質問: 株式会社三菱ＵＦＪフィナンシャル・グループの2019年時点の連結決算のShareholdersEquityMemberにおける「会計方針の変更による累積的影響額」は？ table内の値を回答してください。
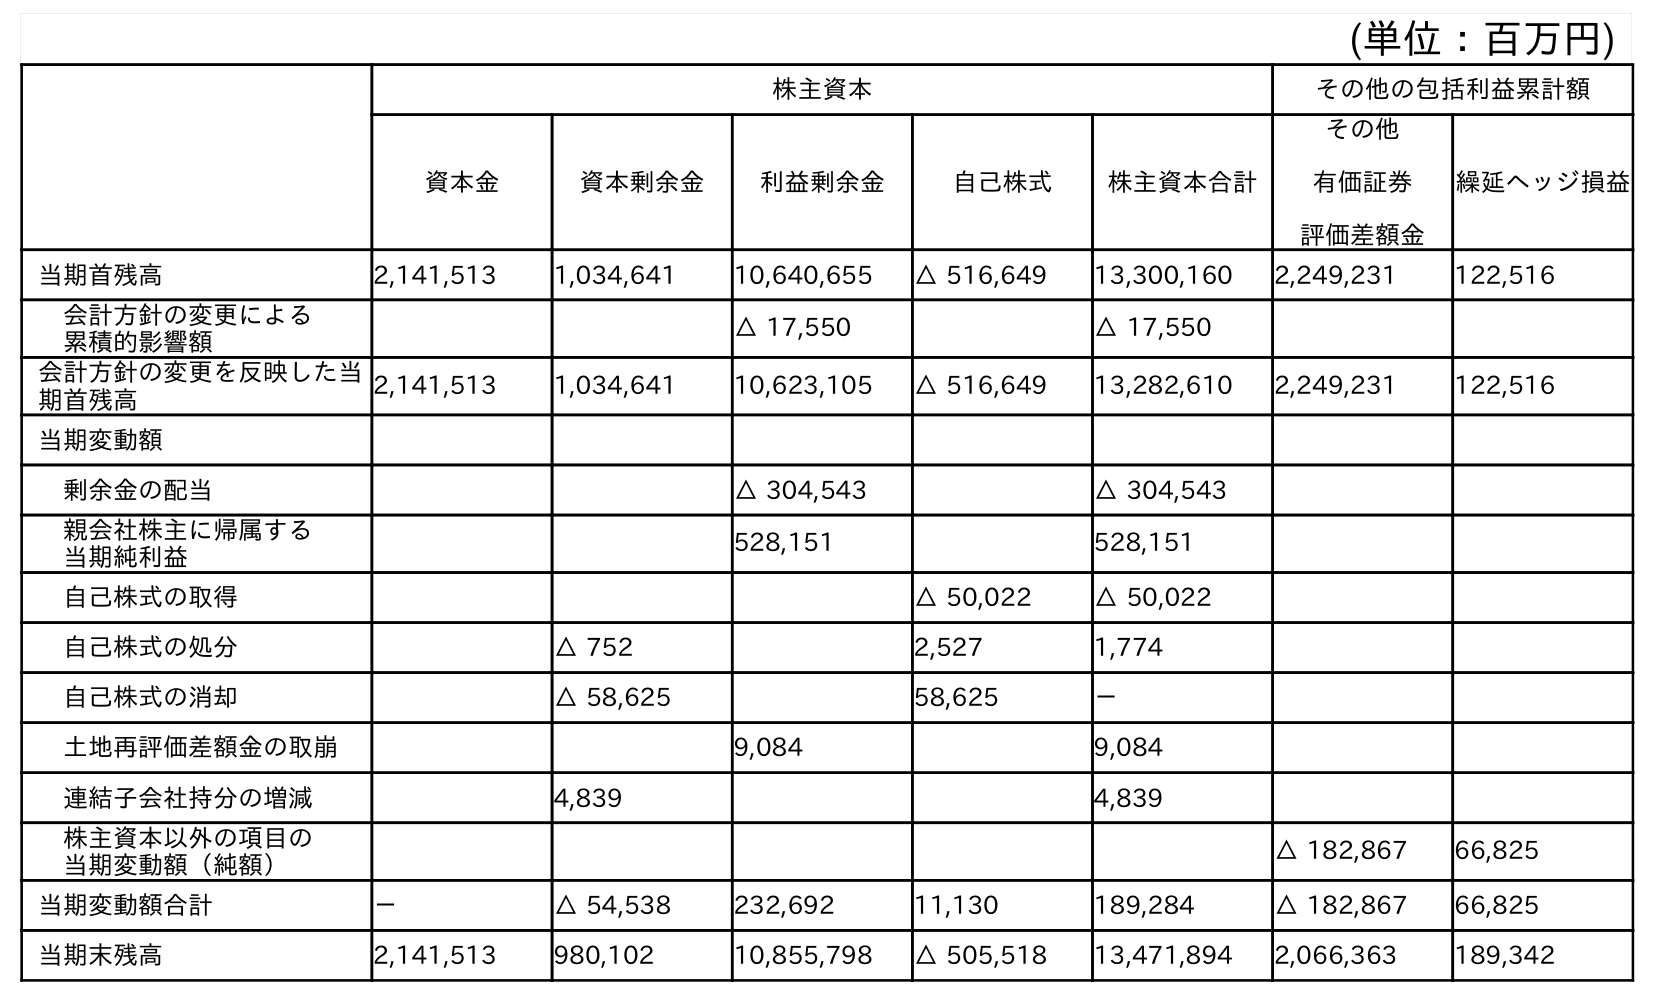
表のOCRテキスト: (単位：百万円) 株主資本 その他の包括利益累計額 資本金 資本剰余金 利益剰余金 自己株式 株主資本合計 その他 有価証券 評価差額金 繰延ヘッジ損益 当期首残高 2,141,513 1,034,641 10,640,655 △ 516,649 13,300,160 2,249,231 122,516 会計方針の変更による 累積的影響額 △ 17,550 △ 17,550 会計方針の変更を反映した当 期首残高 2,141,513 1,034,641 10,623,105 △ 516,649 13,282,610 2,249,231 122,516 当期変動額 剰余金の配当 △ 304,543 △ 304,543 親会社株主に帰属する 当期純利益 528,151 528,151 自己株式の取得 △ 50,022 △ 50,022 自己株式の処分 △ 752 2,527 1,774 自己株式の消却 △ 58,625 58,625 － 土地再評価差額金の取崩 9,084 9,084 連結子会社持分の増減 4,839 4,839 株主資本以外の項目の 当期変動額（純額） △ 182,867 66,825 当期変動額合計 － △ 54,538 232,692 11,130 189,284 △ 182,867 66,825 当期末残高 2,141,513 980,102 10,855,798 △ 505,518 13,471,894 2,066,363 189,342
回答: △17,550